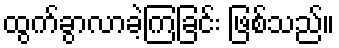
ထွက်ခွာလာခဲ့ကြခြင်း ဖြစ်သည်။